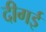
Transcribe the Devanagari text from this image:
दीगई